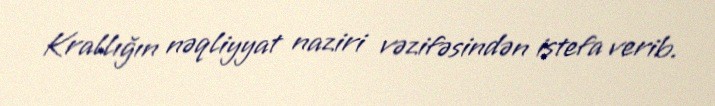
Krallığın nəqliyyat naziri vəzifəsindən istefa verib.